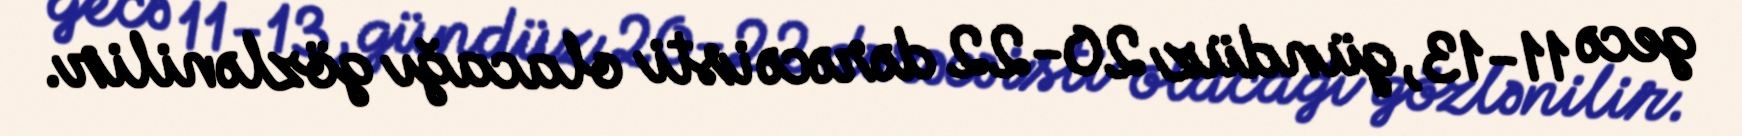
gecə 11-13, gündüz 20-22 dərəcə isti olacağı gözlənilir.